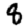
Digit: 8